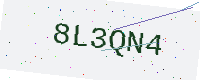
Text: 8L3QN4